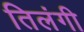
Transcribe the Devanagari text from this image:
तिलंगी